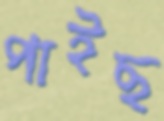
পাইছ